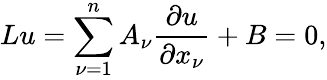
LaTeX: Lu=\sum_{\nu=1}^{n}A_{\nu}{\frac{\partial u}{\partial x_{\nu}}}+B=0,